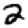
Digit: 2